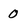
Character: 0